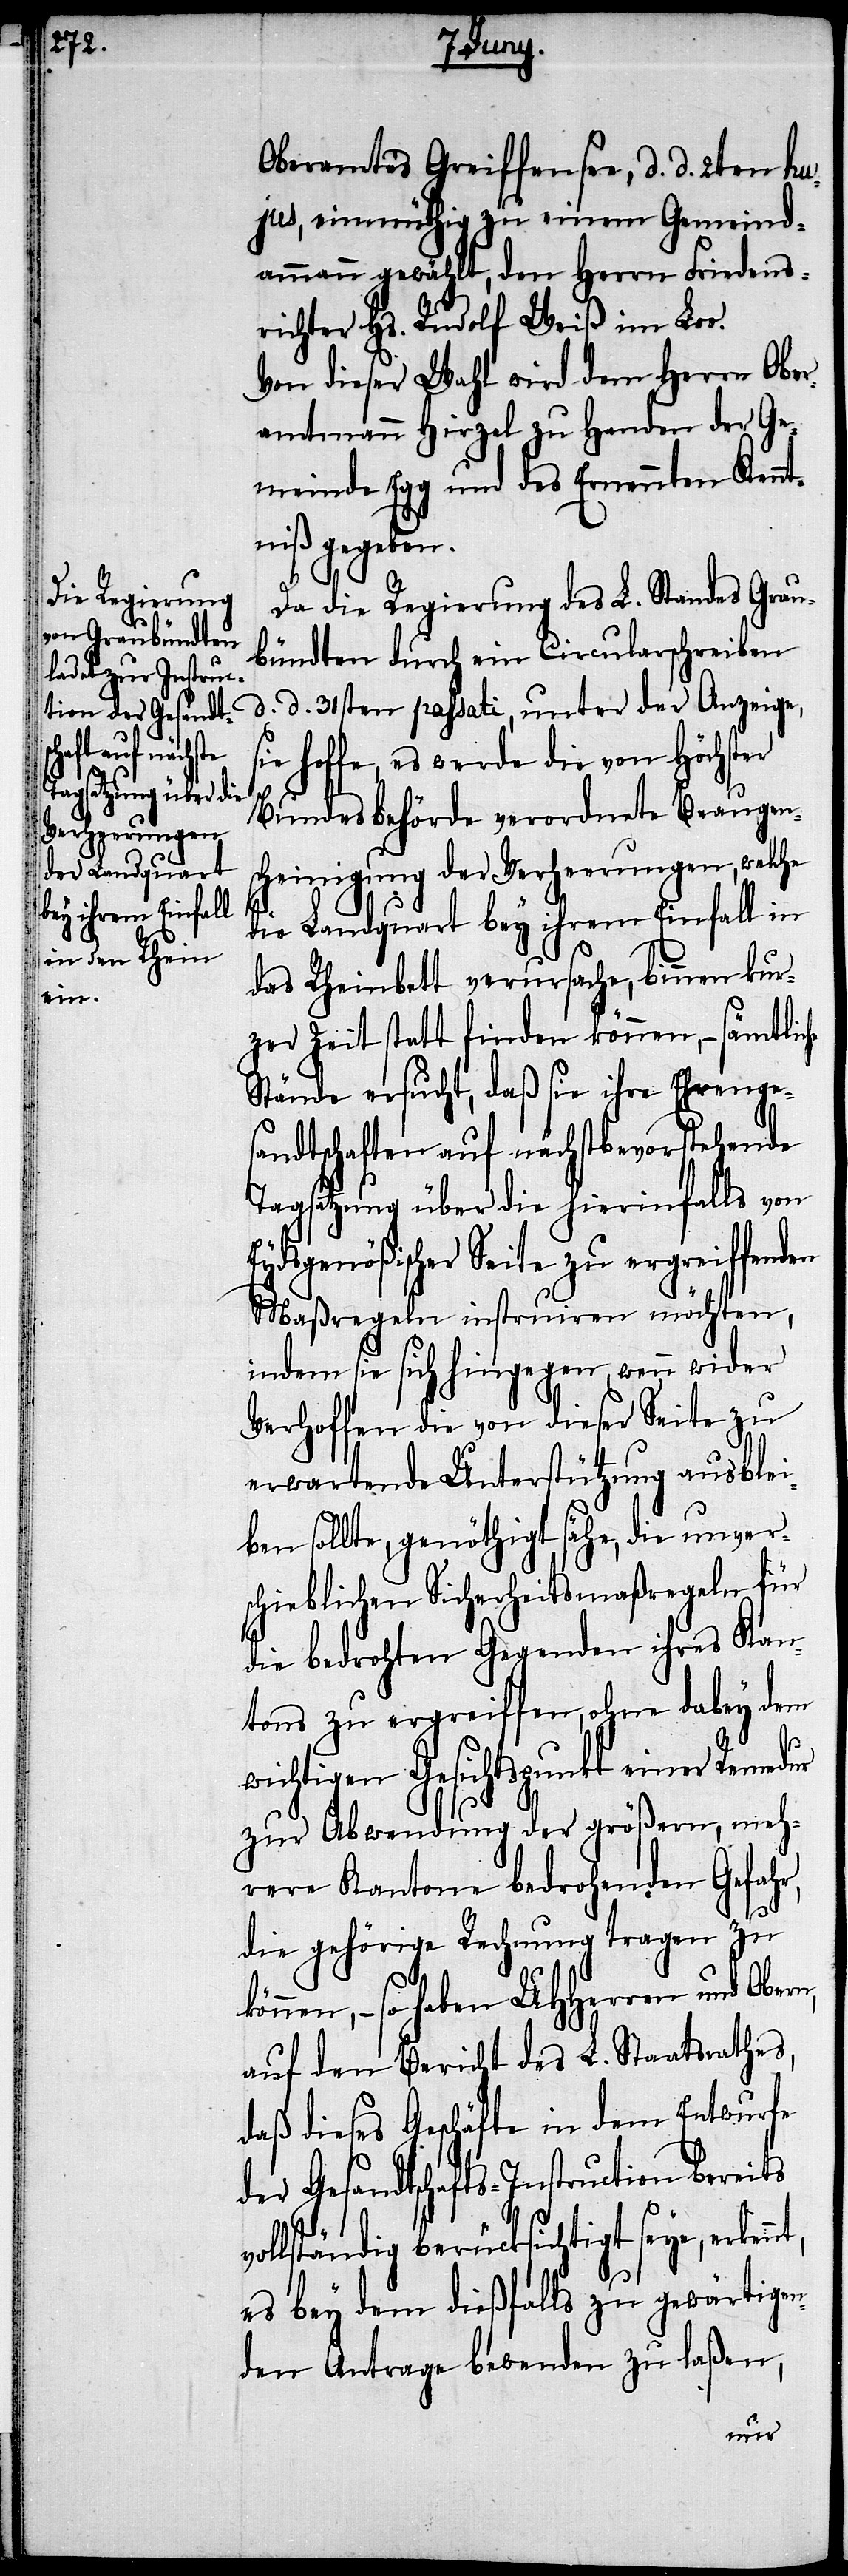
en

Oberamtes Greiffensee, d. d. 2ten hu¬
jus, einmüthig zu einem Gemeind¬
ammann gewählt, den Herrn Friedens¬
richter Hs. Rudolf Weiß im Lo¬
Von dieser Wahl wird dem Herrn Ober¬
amtmann Hirzel zu Handen der Ge¬
meinde Egg und des Ernennten Kennt¬
niß gegeben.
o.
Da die Regierung des L. Standes Grau¬
bündten durch ein Circularschreiben
d. d. 31sten passati, unter der Anzeige,
ie hoffe, es werde die von höchster
Bundesbehörde verordnete Beaugen¬
scheinigung der Verheerungen, welche
die Landquart bey ihrem Einfall in
das Rheinbett verursache, binnen kur¬
zer Zeit statt finden können, – sämtliche
Stände ersucht, daß sie ihre Ehrenge¬
sandtschaften auf nächstbevorstehende
Tagsatzung über die hierinfalls von
Eydsgenößischer Seite zu ergreiffend¬
Maßregeln instruiren möchten,
indem sie sich hingegen, wenn wider
Verhoffen die von dieser Seite zu
erwartende Unterstützung ausblei¬
ben sollte, genöthigt sähe, die unvers¬
chieblichen Sicherheitsmaßregeln für
die bedrohten Gegenden ihres Kan¬
tons zu ergreiffen, ohne dabey dem
wichtigen Gesichtspunkt einer Remedur
zur Abwendung der größern, meh¬
rere Kantone bedrohenden Gefah¬
die gehörige Rechnung tragen zu
nt,
können, – so haben UHHerren und Obern,
auf den Bericht des L. Staatsrathes,
daß dieses Geschäfte in dem Entwurfe
der Gesandtschafts-Instruction bereits
vollständig berücksichtigt seye, erken¬
es bey dem dießfalls zu gewärtige¬
nden Antrage bewenden zu laßen,